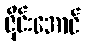
ဇိုင်းအောင်